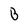
Character: B